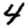
Digit: 4